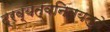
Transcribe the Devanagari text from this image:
द्रव्यत्वनित्यत्वे